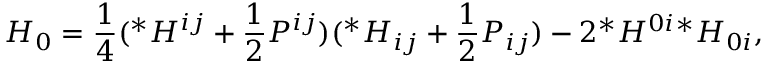
{ \cal { H } } _ { 0 } = \frac { 1 } { 4 } ( { } ^ { * } H ^ { i j } + \frac { 1 } { 2 } P ^ { i j } ) ( { } ^ { * } H _ { i j } + \frac { 1 } { 2 } P _ { i j } ) - 2 { } ^ { * } H ^ { 0 i } { } ^ { * } H _ { 0 i } ,